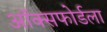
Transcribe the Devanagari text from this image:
ऑक्सफोर्डला